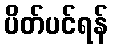
ပိတ်ပင်ရန်